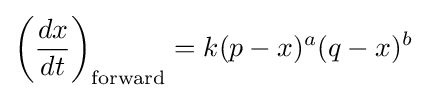
\left({\frac {dx}{dt}}\right)_{\text{forward}}=k(p-x)^{a}(q-x)^{b}